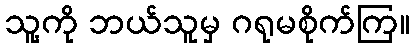
သူ့ကို ဘယ်သူမှ ဂရုမစိုက်ကြ။